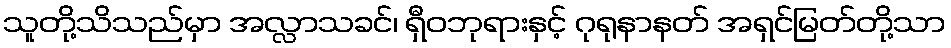
သူတို့သိသည်မှာ အလ္လာသခင်၊ ရှီဝဘုရားနှင့် ဂုရုနာနတ် အရှင်မြတ်တို့သာ